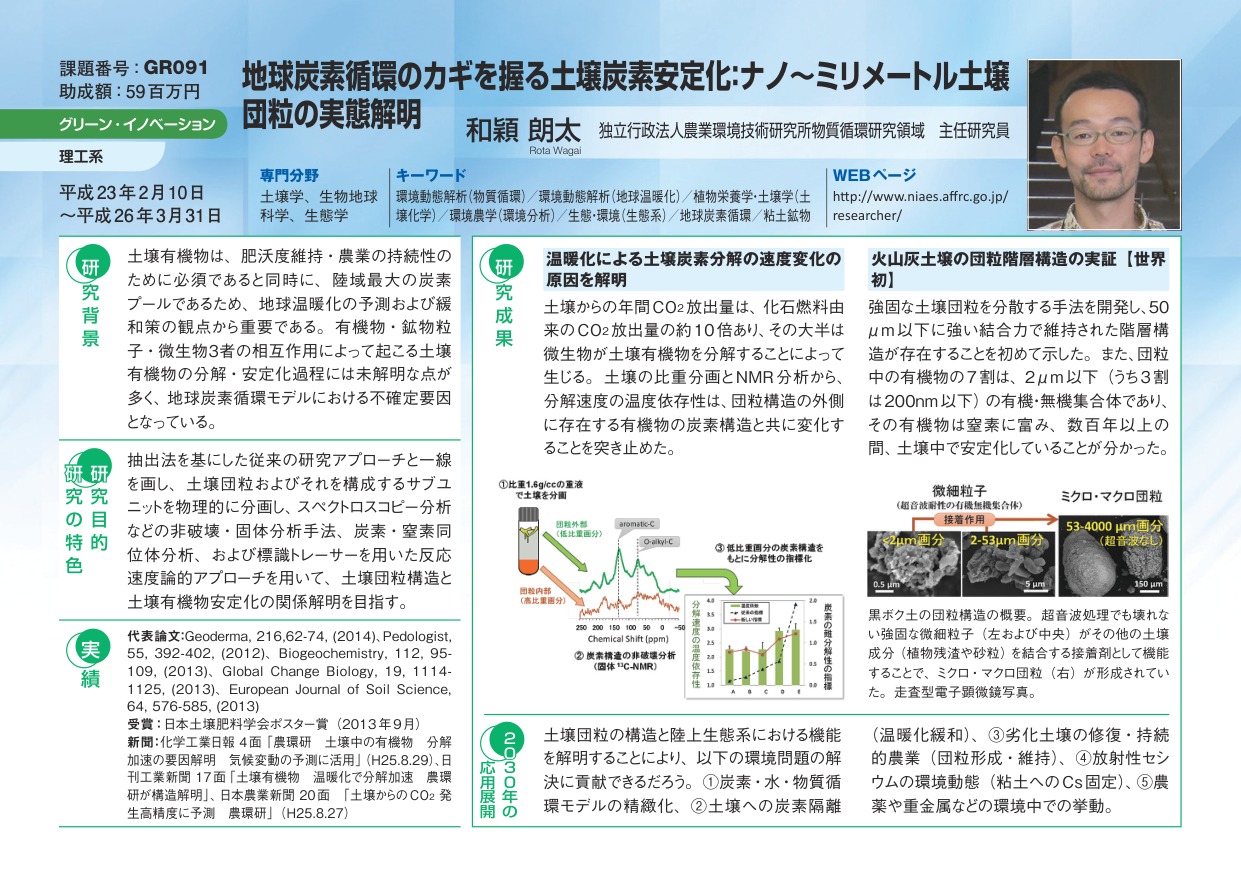
課題番号：GR091
助成額：59百万円
グリーン・イノベーション
理工系
平成23年2月10日
～平成26年3月31日

地球炭素循環のカギを握る土壌炭素安定化：ナノ～ミリメートル土壌
団粒の実態解明

和穎 朗太
Rota Wagai
独立行政法人農業環境技術研究所物質循環研究領域 主任研究員

専門分野
土壌学、生物地球
科学、生態学

キーワード
環境動態解析（物質循環）／環境動態解析（地球温暖化）／植物栄養学・土壌学（土
壌化学）／環境農学（環境分析）／生態・環境（生態系）／地球炭素循環／粘土鉱物

WEBページ
http://www.niaes.affrc.go.jp/
researcher/

研究背景
土壌有機物は、肥沃度維持・農業の持続性の
ために必須であると同時に、陸域最大の炭素
プールであるため、地球温暖化の予測および緩
和策の観点から重要である。有機物・鉱物粒
子・微生物3者の相互作用によって起こる土壌
有機物の分解・安定化過程には未解明な点が
多く、地球炭素循環モデルにおける不確定要因
となっている。

研究の特色
抽出法を基にした従来の研究アプローチと一線
を画し、土壌団粒およびそれを構成するサブユ
ニットを物理的に分画し、スペクトロスコピー分析
などの非破壊・固体分析手法、炭素・窒素同
位体分析、および標識トレーサーを用いた反応
速度論的アプローチを用いて、土壌団粒構造と
土壌有機物安定化の関係解明を目指す。

実績
代表論文：Geoderma, 216,62-74, (2014), Pedologist,
55, 392-402, (2012), Biogeochemistry, 112, 95-
109, (2013), Global Change Biology, 19, 1114-
1125, (2013), European Journal of Soil Science,
64, 576-585, (2013)
受賞：日本土壌肥料学会ポスター賞（2013年9月）
新聞：化学工業日報 4面「農環研 土壌中の有機物 分解
加速の要因解明 気候変動の予測に活用」(H25.8.29)、日
刊工業新聞 17面「土壌有機物 温暖化で分解加速 農環
研が構造解明」、日本農業新聞 20面 「土壌からのCO₂発
生高精度に予測 農環研」(H25.8.27)

研究成果
温暖化による土壌炭素分解の速度変化の
原因を解明
土壌からの年間CO₂放出量は、化石燃料由
来のCO₂放出量の約10倍あり、その大半は
微生物が土壌有機物を分解することによって
生じる。土壌の比重分画とNMR分析から、
分解速度の温度依存性は、団粒構造の外側
に存在する有機物の炭素構造と共に変化す
ることを突き止めた。

火山灰土壌の団粒階層構造の実証【世界初】
強固な土壌団粒を分散する手法を開発し、50
μm以下に強い結合力で維持された階層構
造が存在することを初めて示した。また、団粒
中の有機物の7割は、2μm以下（うち3割
は200nm以下）の有機・無機集合体であり、
その有機物は窒素に富み、数百年以上の
間、土壌中で安定化していることが分かった。

微細粒子
（超音波耐性の有機無機集合体）
接着力用
＜2μm画分　2-53μm画分　53-4000μm画分
（超音波なし）
0.5 μm　5 μm　150 μm
黒ボク土の団粒構造の概要。超音波処理でも壊れな
い強固な微細粒子（左および中央）がその他の土壌
成分（植物残渣や砂粒）を結合する接着力として機能
することで、ミクロ・マクロ団粒（右）が形成されてい
た。走査電子顕微鏡写真。

①比重1.6g/ccの重液
で土壌を分画
団粒外部
（低比重画分）
団粒内部
（高比重画分）
aromatic-C
O-alkyl-C
②炭素構造の非破壊分析
（固体¹³C-NMR）
③低比重画分の炭素構造を
もとに分解性の指標化
分解速度の温度依存性
1.0　1.5　2.0　2.5　3.0　3.5　4.0
A　B　C　D　E
炭素の構造指標の値
0.0　0.5　1.0　1.5　2.0
1.0　1.5　2.0　2.5　3.0　3.5　4.0
250　200　150　100　50　0　-50
Chemical Shift (ppm)

応用展開
2030年の
土壌団粒の構造と陸上生態系における機能
を解明することにより、以下の環境問題の解
決に貢献できるだろう。①炭素・水・物質循
環モデルの精緻化、②土壌への炭素隔離
（温暖化緩和）、③劣化土壌の修復・持続
的農業（団粒形成・維持）、④放射性セン
ウムの環境動態（粘土へのCs固定）、⑤農
業や重金属などの環境中での挙動。